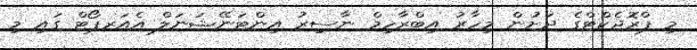
މި ޕްރޮޖެކްޓްގެ ދަށުން މިހާރު އިބްރާހިމް ނާސިރު އިންޓަނޭޝަނަލް އެއަރޕޯޓް ގައި މި